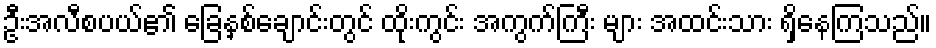
ဦးအလီစပယ်၏ ခြေနှစ်ချောင်းတွင် ထိုးကွင်း အကွက်ကြီး များ အထင်းသား ရှိနေကြသည်။